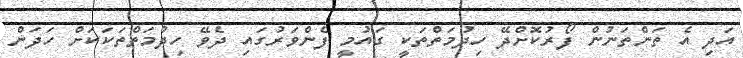
އަދި އެ ތަންތަނުން ފޯރުކޮށްދޭ ހިދުމަތްތަކީ ގައުމީ ފެންވަރުގައި ދެވޭ ހިދުމަތްތަކަކަށް ހަދަން